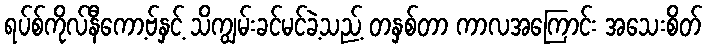
ရပ်စ်ကိုလ်နီကော့ဗ်နှင့် သိကျွမ်းခင်မင်ခဲ့သည့် တနှစ်တာ ကာလအကြောင်း အသေးစိတ်